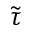
\tilde { \tau }